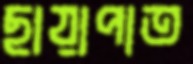
ছায়াপাত